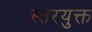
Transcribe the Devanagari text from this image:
स्तरयुक्त